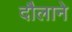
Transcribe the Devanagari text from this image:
दौलाने